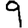
Digit: 9